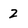
Character: 2